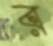
র